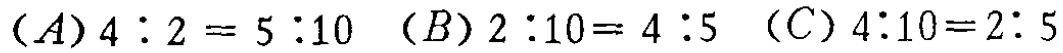
$(A)4:2 = 5:10\ (B)2:10 = 4:5\ (C)4:10 = 2:5$